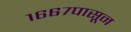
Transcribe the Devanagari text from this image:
१६६७पासून